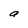
Character: a